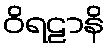
ဝိရဠာနိ